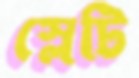
স্লেটি